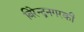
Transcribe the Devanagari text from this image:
बिरेन्द्रनगरकी